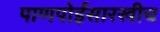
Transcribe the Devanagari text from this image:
पाणपोईसारखीच